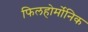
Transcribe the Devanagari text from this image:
फिलहोर्मोनिक